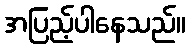
အပြည့်ပါနေသည်။